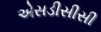
એસડીસીસી